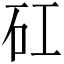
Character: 矼